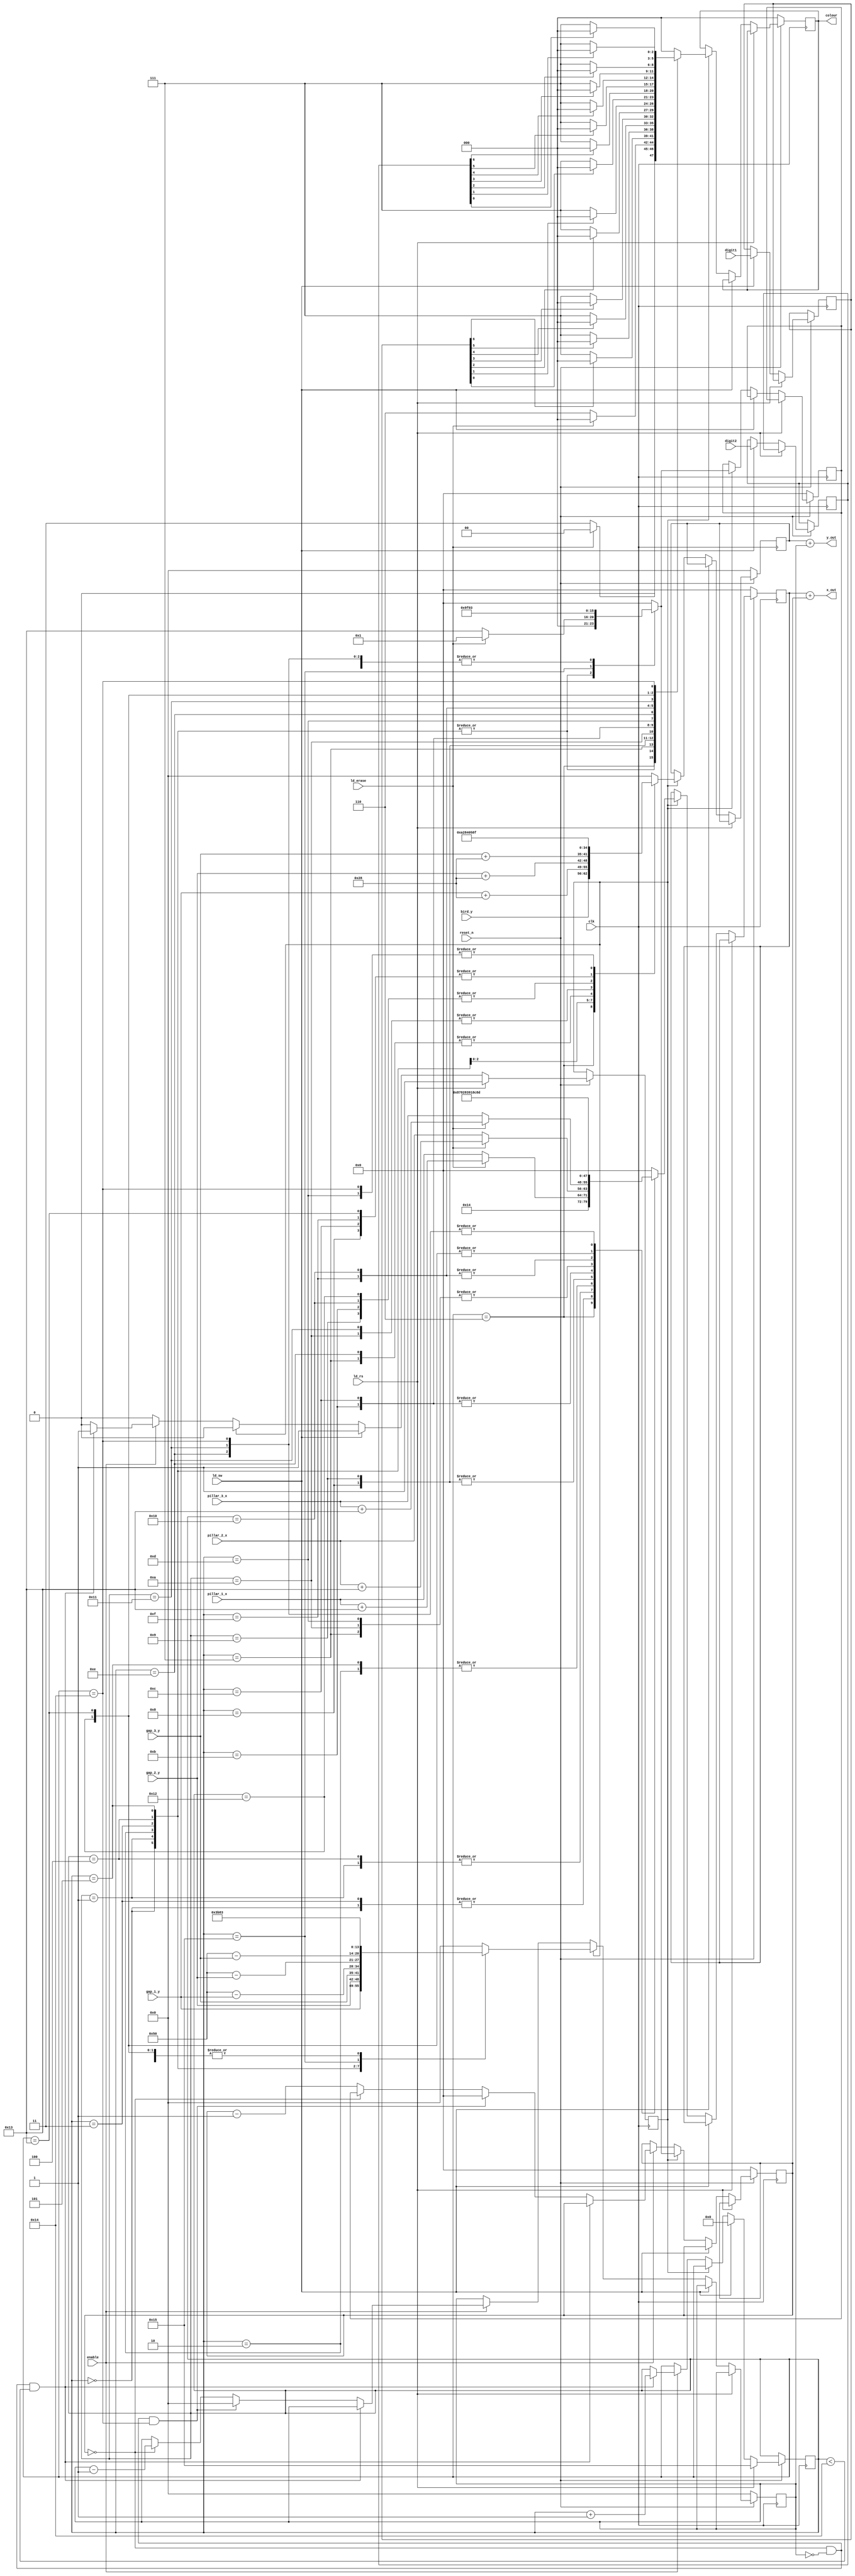
module datapath(
        input clk, reset_n, 
        input [7:0] pillar_1_x, pillar_2_x, pillar_3_x, 
		input [6:0] bird_y, gap_1_y, gap_2_y, gap_3_y, 
		input [6:0] digit1, digit2, 
        input ld_erase, ld_sw, ld_rs, enable,
        output [7:0] x_out,
        output [6:0] y_out,
        output reg [2:0] colour
    );
    
    reg [7:0] x_count, length, x;
	reg [6:0] y_count, y;
    reg [4:0] switch;
	reg ld_in;
	reg [6:0] score1, score2;
							 
	localparam 	S_PILLAR_1_T = 5'd0, 
				S_PILLAR_2_T = 5'd1, 
				S_PILLAR_3_T = 5'd2, 
				S_PILLAR_1_B = 5'd3,
				S_PILLAR_2_B = 5'd4,
				S_PILLAR_3_B = 5'd5,
				S_BIRD = 5'd6,
				
				S_SEG_1 = 5'd7,
				S_SEG_2 = 5'd8,
				S_SEG_3 = 5'd9,
				S_SEG_4 = 5'd10,
				S_SEG_5 = 5'd11,
				S_SEG_6 = 5'd12,
				S_SEG_7 = 5'd13,
				
				S_SEG_8 = 5'd14,
				S_SEG_9 = 5'd15,
				S_SEG_10 = 5'd16,
				S_SEG_11 = 5'd17,
				S_SEG_12 = 5'd18,
				S_SEG_13 = 5'd19,
				S_SEG_14 = 5'd20,
				
				S_BACKGROUND = 5'd21;
				
				
	
    always @(posedge clk) begin
        if (!reset_n) begin
            x <= 8'b0;
			y <= 7'b0;
			length <= 8'b0;
            x_count <= 8'b0;
			y_count <= 7'b0;
            colour <= 3'b0;
        end
		else if (ld_rs) begin
			switch <= S_BACKGROUND;
			ld_in <= 1'b1;
		end
		else if (ld_sw) begin
			switch <= S_PILLAR_1_T;
			ld_in <= 1'b1;
			score1 <= digit1;
			score2 <= digit2;
		end
        else if (ld_in) begin
            case (switch)
				S_BIRD: begin
					x = 8'd20;
					y = bird_y;
					length = 8'd3;
					x_count = 8'd3;
					y_count = 7'd3;
					colour = ld_erase ? 3'b000 : 3'b011;
				end
				S_PILLAR_1_T: begin
					x = ld_erase ? pillar_1_x + 8'd19 : pillar_1_x;
					y = 7'd0;
					length = ld_erase ? 8'd1 : 8'd19;
					x_count = ld_erase ? 8'd1 : 8'd19;
					y_count = gap_1_y;
					colour = ld_erase ? 3'b000 : 3'b110;
				end
				S_PILLAR_2_T: begin
					x = ld_erase ? pillar_2_x + 8'd19 : pillar_2_x;
					y = 7'd0;
					length = ld_erase ? 8'd1 : 8'd19;
					x_count = ld_erase ? 8'd1 : 8'd19;
					y_count = gap_2_y;
					colour = ld_erase ? 3'b000 : 3'b110;
				end
				S_PILLAR_3_T: begin
					x = ld_erase ? pillar_3_x + 8'd19 : pillar_3_x;
					y = 7'd0;
					length = ld_erase ? 8'd1 : 8'd19;
					x_count = ld_erase ? 8'd1 : 8'd19;
					y_count = gap_3_y;
					colour = ld_erase ? 3'b000 : 3'b110;
				end
				S_PILLAR_1_B: begin
					x = ld_erase ? pillar_1_x + 8'd19 : pillar_1_x;
					y = gap_1_y + 7'd40;
					length = ld_erase ? 8'd1 : 8'd19;
					x_count = ld_erase ? 8'd1 : 8'd19;
					y_count = 7'd80 - gap_1_y;
					colour = ld_erase ? 3'b000 : 3'b110;
				end
				S_PILLAR_2_B: begin
					x = ld_erase ? pillar_2_x + 8'd19 : pillar_2_x;
					y = gap_2_y + 7'd40;
					length = ld_erase ? 8'd1 : 8'd19;
					x_count = ld_erase ? 8'd1 : 8'd19;
					y_count = 7'd80 - gap_2_y;
					colour = ld_erase ? 3'b000 : 3'b110;
				end
				S_PILLAR_3_B: begin
					x = ld_erase ? pillar_3_x + 8'd19 : pillar_3_x;
					y = gap_3_y + 7'd40;
					length = ld_erase ? 8'd1 : 8'd19;
					x_count = ld_erase ? 8'd1 : 8'd19;
					y_count = 7'd80 - gap_3_y;
					colour = ld_erase ? 3'b000 : 3'b110;
				end
				S_BACKGROUND: begin
					x = 8'd0;
					y = 7'd0;
					length = 8'd159;
					x_count = 8'd159;
					y_count = 7'd119;
					colour = 3'b000;
				end
				
				S_SEG_1: begin
					x = 8'd131;
					y = 7'd10;
					length = 8'd3;
					x_count = 8'd3;
					y_count = 7'd0;
					colour = score1[6] ? 3'b000 : 3'b111;
				end
				S_SEG_2: begin
					x = 8'd135;
					y = 7'd11;
					length = 8'd0;
					x_count = 8'd0;
					y_count = 7'd3;
					colour = score1[5] ? 3'b000 : 3'b111;
				end
				S_SEG_3: begin
					x = 8'd135;
					y = 7'd16;
					length = 8'd0;
					x_count = 8'd0;
					y_count = 7'd3;
					colour = score1[4] ? 3'b000 : 3'b111;
				end
				S_SEG_4: begin
					x = 8'd131;
					y = 7'd20;
					length = 8'd3;
					x_count = 8'd3;
					y_count = 7'd0;
					colour = score1[3] ? 3'b000 : 3'b111;
				end
				S_SEG_5: begin
					x = 8'd130;
					y = 7'd16;
					length = 8'd0;
					x_count = 8'd0;
					y_count = 7'd3;
					colour = score1[2] ? 3'b000 : 3'b111;
				end
				S_SEG_6: begin
					x = 8'd130;
					y = 7'd11;
					length = 8'd0;
					x_count = 8'd0;
					y_count = 7'd3;
					colour = score1[1] ? 3'b000 : 3'b111;
				end
				S_SEG_7: begin
					x = 8'd131;
					y = 7'd15;
					length = 8'd3;
					x_count = 8'd3;
					y_count = 7'd0;
					colour = score1[0] ? 3'b000 : 3'b111;
				end
				
				S_SEG_8: begin
					x = 8'd141;
					y = 7'd10;
					length = 8'd3;
					x_count = 8'd3;
					y_count = 7'd0;
					colour = score2[6] ? 3'b000 : 3'b111;
				end
				S_SEG_9: begin
					x = 8'd145;
					y = 7'd11;
					length = 8'd0;
					x_count = 8'd0;
					y_count = 7'd3;
					colour = score2[5] ? 3'b000 : 3'b111;
				end
				S_SEG_10: begin
					x = 8'd145;
					y = 7'd16;
					length = 8'd0;
					x_count = 8'd0;
					y_count = 7'd3;
					colour = score2[4] ? 3'b000 : 3'b111;
				end
				S_SEG_11: begin
					x = 8'd141;
					y = 7'd20;
					length = 8'd3;
					x_count = 8'd3;
					y_count = 7'd0;
					colour = score2[3] ? 3'b000 : 3'b111;
				end
				S_SEG_12: begin
					x = 8'd140;
					y = 7'd16;
					length = 8'd0;
					x_count = 8'd0;
					y_count = 7'd3;
					colour = score2[2] ? 3'b000 : 3'b111;
				end
				S_SEG_13: begin
					x = 8'd140;
					y = 7'd11;
					length = 8'd0;
					x_count = 8'd0;
					y_count = 7'd3;
					colour = score2[1] ? 3'b000 : 3'b111;
				end
				S_SEG_14: begin
					x = 8'd141;
					y = 7'd15;
					length = 8'd3;
					x_count = 8'd3;
					y_count = 7'd0;
					colour = score2[0] ? 3'b000 : 3'b111;
				end
				
				default: begin
					x = 8'd0;
					y = 7'd0;
					length = 8'd0;
					x_count = 8'd0;
					y_count = 7'd0;
					colour = 3'b000;
				end
			endcase
			ld_in <= 1'b0;
		end
        else if (enable) begin
			if (x_count == 1'b0 && y_count == 1'b0 && switch < S_SEG_14) begin
				switch = switch + 1'b1;
				ld_in = 1'b1;
			end
			else if (x_count == 1'b0 && y_count == 1'b0 && switch == S_SEG_14) begin
				x_count = 8'd0;
				y_count = 7'd0;
			end
			else if (x_count == 1'b0) begin
				x_count = length;
				y_count = y_count - 1'b1;
			end
			else 
				x_count = x_count - 1'b1;
		end
    end
        
    assign x_out = x + x_count;
    assign y_out = y + y_count;
    
endmodule